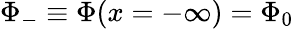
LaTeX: \Phi_{-}\equiv\Phi(x=-\infty)=\Phi_{0}